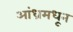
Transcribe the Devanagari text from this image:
आंध्रमधून